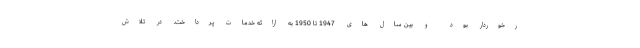
رخوردار بود و بین سال های 1947 تا 1950 به ارائه خدمات پرداخت. در تلاش